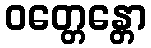
ဝတ္တေန္တော